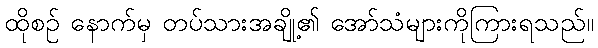
ထိုစဉ် နောက်မှ တပ်သားအချို့၏ အော်သံများကိုကြားရသည်။